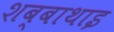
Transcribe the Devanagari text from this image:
शब्बाथाइ